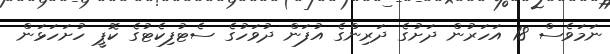
ނަމަވެސް 18 އަހަރުން ދަށުގެ ދަރިންގެ އުފަން ދުވަހުގެ ސެޓުފިކެޓުގެ ކޮޕީ ހުށަހަޅަން